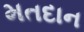
મતદાન